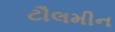
ટૌલમીન